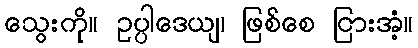
သွေးကို။ ဥပ္ပါဒေယျ၊ ဖြစ်စေ ငြားအံ့။